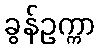
ခွန်ဥက္ကာ